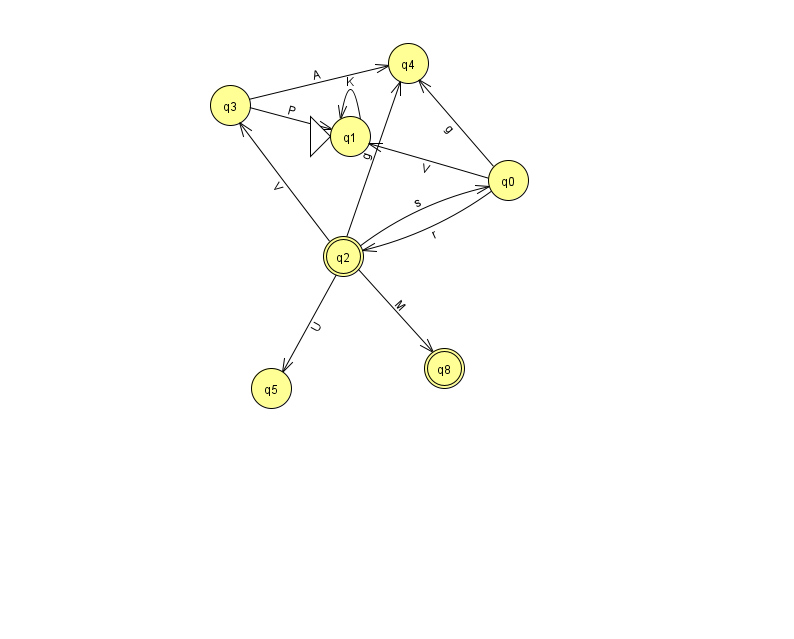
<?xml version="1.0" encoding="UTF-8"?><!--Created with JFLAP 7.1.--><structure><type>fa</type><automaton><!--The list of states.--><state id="0" name="q0"><x>508.0</x><y>167.0</y></state><state id="1" name="q1"><x>350.0</x><y>123.0</y><initial/></state><state id="2" name="q2"><x>343.0</x><y>243.0</y><final/></state><state id="3" name="q3"><x>230.0</x><y>92.0</y></state><state id="4" name="q4"><x>408.0</x><y>50.0</y></state><state id="5" name="q5"><x>271.0</x><y>375.0</y></state><state id="8" name="q8"><x>444.0</x><y>355.0</y><final/></state><!--The list of transitions.--><transition><from>0</from><to>1</to><read>V</read></transition><transition><from>2</from><to>3</to><read>V</read></transition><transition><from>0</from><to>4</to><read>g</read></transition><transition><from>2</from><to>8</to><read>M</read></transition><transition><from>3</from><to>1</to><read>P</read></transition><transition><from>2</from><to>0</to><read>s</read></transition><transition><from>3</from><to>4</to><read>A</read></transition><transition><from>0</from><to>2</to><read>r</read></transition><transition><from>1</from><to>1</to><read>K</read></transition><transition><from>2</from><to>5</to><read>U</read></transition><transition><from>2</from><to>4</to><read>g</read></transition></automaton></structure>